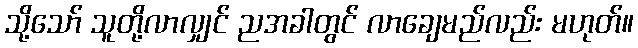
သို့သော် သူတို့လာလျှင် ညအခါတွင် လာချေမည်လည်း မဟုတ်။